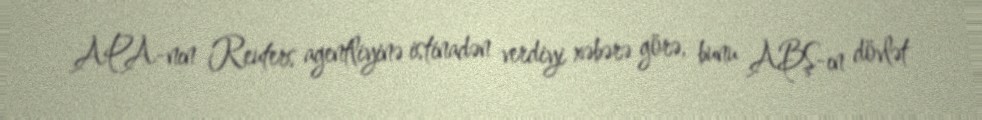
APA-nın Reuters agentliyinə istinadən verdiyi xəbərə görə, bunu ABŞ-ın dövlət